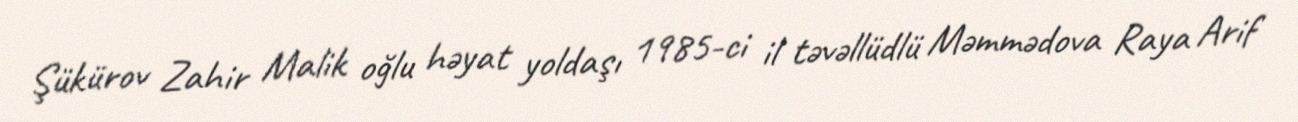
Şükürov Zahir Malik oğlu həyat yoldaşı 1985-ci il təvəllüdlü Məmmədova Raya Arif